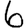
Digit: 6